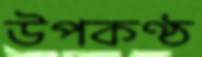
উপকণ্ঠ